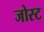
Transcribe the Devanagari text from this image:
जोस्ट